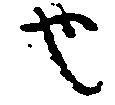
也